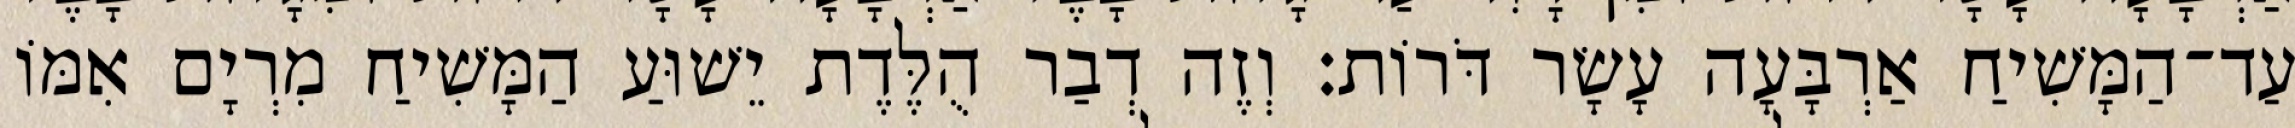
עַד־הַמָּשִׁיחַ אַרְבָּעָה עָשָׂר דֹּרוֹת׃ וְזֶה דְבַר הֻלֶּדֶת יֵשׁוּעַ הַמָּשִׁיחַ מִרְיָם אִמּוֹ